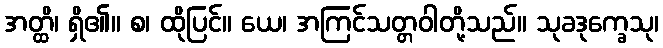
အတ္ထိ၊ ရှိ၏။ စ၊ ထိုပြင်။ ယေ၊ အကြင်သတ္တဝါတို့သည်။ သုခဒုက္ခေသု၊